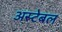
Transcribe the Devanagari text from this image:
अस्टेबल